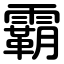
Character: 霸